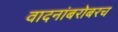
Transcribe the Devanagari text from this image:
वादनांबरोबरच